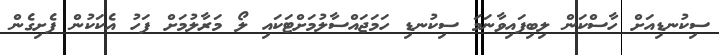
ސިކުނޑިއަށް ހާސްކަން ލިބިފައިވާނަމަ ސިކުނޑި ހަމަޖައްސާލުމަށްޓަކައި ލޯ މަރާލުމަށް ފަހު އެކަކުން ފެށިގެން